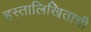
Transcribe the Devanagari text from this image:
हस्तालिखिताची